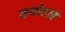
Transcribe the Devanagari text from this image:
क्योदाई